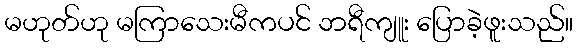
မဟုတ်ဟု မကြာသေးမီကပင် ဘရီကျူး ပြောခဲ့ဖူးသည်။